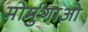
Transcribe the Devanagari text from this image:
मोर्मुगाओ